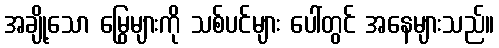
အချို့သော မြွေများကို သစ်ပင်များ ပေါ်တွင် အနေများသည်။